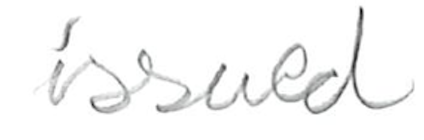
Text: issued
Cross-out: clean
Writing tool: pencil